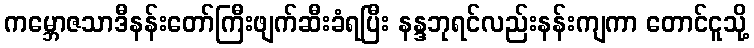
ကမ္ဘောဇသာဒီနန်းတော်ကြီးဖျက်ဆီးခံရပြီး နန္ဒဘုရင်လည်းနန်းကျကာ တောင်ငူသို့